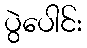
ပွဲပေါင်း